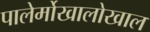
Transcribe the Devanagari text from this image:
पालेर्मोखालोखाल